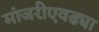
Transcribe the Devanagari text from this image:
मांजरीएवढ्या